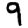
Digit: 9